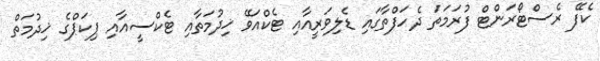
ކެފޭ ރެސްޓޯރަންޓް ފުރަމަތަ ދެހަފްތާގައި ޑެލިވަރީއާއި ޓެކްއަވޭ ޚިދުމަތާއި ޓެކްސީއާއި ޕިކަޕްގެ ޚިދުމަތް